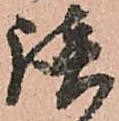
談